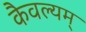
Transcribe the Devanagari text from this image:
कैवल्यम्